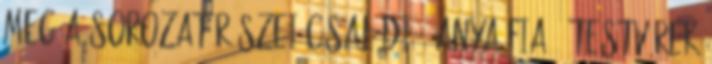
meg A sorozat részei családi , anya-fia , testvérek